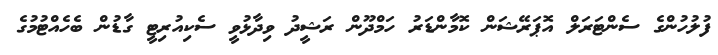
ފުލުހުންގެ ސެންޓަރަލް އޮޕަރޭޝަން ކޮމާންޑަރު ހަމްދޫން ރަޝީދު ވިދާޅުވީ ސެކިއުރިޓީ ގާޑުން ބެހެއްޓުމުގެ